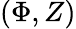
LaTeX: (\Phi,Z)